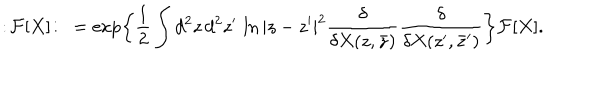
: \! { \cal F } [ X ] \! : \ = \exp \biggl \{ \frac { 1 } { 2 } \int d ^ { 2 } z \, d ^ { 2 } z ^ { \prime } \, \ln | z - z ^ { \prime } | ^ { 2 } \frac { \delta } { \delta X ( z , \bar { z } ) } \frac { \delta } { \delta X ( z ^ { \prime } , \bar { z } ^ { \prime } ) } \biggr \} { \cal F } [ X ] .